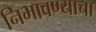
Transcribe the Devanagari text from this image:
निभावण्याचा